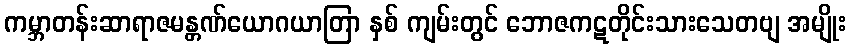
ကမ္ဘာတန်းဆာရာဇမန္တဏ်ယောဂယာတြာ နှစ် ကျမ်းတွင် ဘောဇကဋတိုင်းသားသေတဗျ အမျိုး